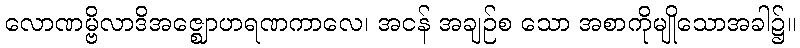
လောဏမ္ဗိလာဒိအဇ္ဈောဟရဏကာလေ၊ အငန် အချဉ်စ သော အစာကိုမျိုသောအခါ၌။